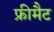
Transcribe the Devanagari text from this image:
फ्रीमैट